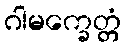
ဂါမက္ခေတ္တံ